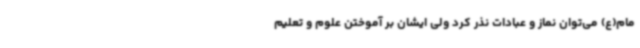
مام(ع) می‌توان نماز و عبادات نذر کرد ولی ایشان بر آموختن علوم و تعلیم